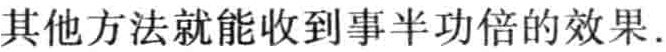
其他方法就能收到事半功倍的效果.